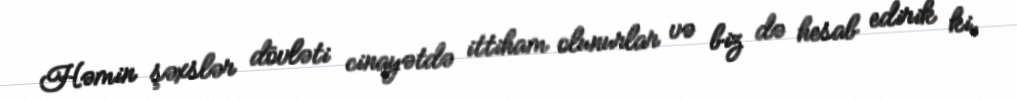
Həmin şəxslər dövləti cinayətdə ittiham olunurlar və biz də hesab edirik ki,